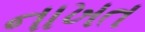
નાખત